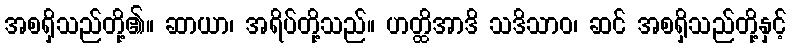
အစရှိသည်တို့၏။ ဆာယာ၊ အရိပ်တို့သည်။ ဟတ္ထိအာဒိ သဒိသာဝ၊ ဆင် အစရှိသည်တို့နှင့်